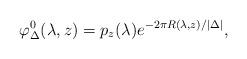
LaTeX: \begin{align*} \varphi^0_{\Delta}(\lambda,z) =p_z(\lambda)e^{-2\pi R(\lambda,z)/|\Delta|},\end{align*}